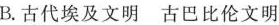
B.古代埃及文明 古巴比伦文明